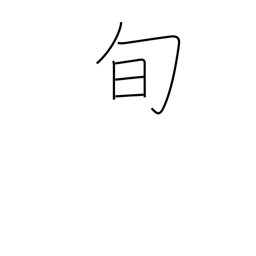
Meaning: season (for specific products)